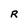
Character: R